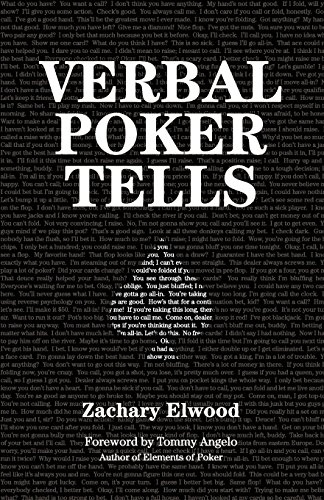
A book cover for Verbal Poker Tells; Zachary Elwood; Humor & Entertainment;